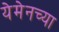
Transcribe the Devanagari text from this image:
येमेनच्या